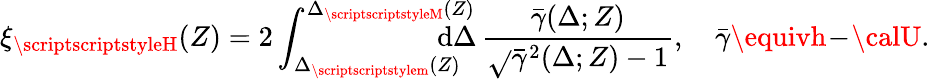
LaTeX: \xi_{{\scriptscriptstyleH}}(Z)=2\int_{\Delta_{{\scriptscriptstylem}}(Z)}^{\Delta_{{\scriptscriptstyleM}}(Z)}\! \! \! \! \! \! \! \! \! \mathrm{d}\Delta\, \frac{{\bar{{\gamma}}(\Delta;Z)}}{{\sqrt{}{{\bar{{\gamma}}^{2}(\Delta;Z)-1}}}},\quad\bar{{\gamma}}\equivh\! -\! {\calU}.